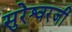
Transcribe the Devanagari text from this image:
सुरेश्वरजी